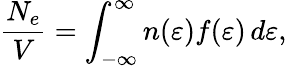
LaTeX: \frac{N_{e}}{V}=\int_{-\infty}^{\infty}n(\varepsilon)f(\varepsilon)\, d\varepsilon,